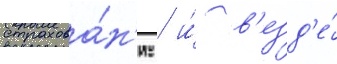
страхова́н'ие / и́ в'езд'е́